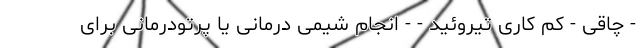
- چاقی - کم کاری تیروئید - - انجام شیمی درمانی یا پرتودرمانی برای